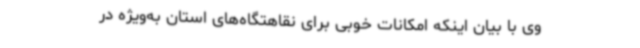
وی با بیان اینکه امکانات خوبی برای نقاهتگاه‌های استان به‌ویژه در